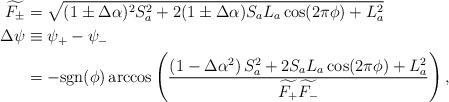
LaTeX: \begin{align*}\begin{aligned}\widetilde{F_\pm} &= \sqrt{(1\pm\Delta\alpha)^2 S_a^2 + 2(1\pm\Delta\alpha)S_a L_a \cos(2\pi\phi) + L_a^2} \\\Delta\psi &\equiv \psi_+ - \psi_- \\&= -\mbox{sgn}(\phi)\arccos\left( \frac{ \left( 1-\Delta\alpha^2 \right)S_a^2 + 2S_a L_a \cos(2\pi\phi)+L_a^2 }{ \widetilde{F_+}\widetilde{F_-} } \right),\end{aligned}\end{align*}